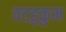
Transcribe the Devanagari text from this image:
वटहुकुम